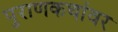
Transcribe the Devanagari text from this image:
पुराणकथांवर